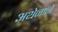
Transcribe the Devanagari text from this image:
अथेनाने